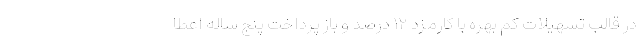
در قالب تسهیلات کم بهره با کارمزد ۱۲ درصد و باز پرداخت پنج ساله اعطا